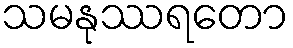
သမနုဿရတော